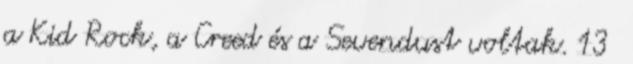
a Kid Rock, a Creed és a Sevendust voltak. 13